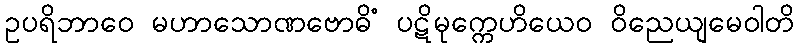
ဥပရိဘာဝေ မဟာသောဏဗောဓိံ ပဋိမုက္ကေဟိယေဝ ဝိညေယျမေဝါတိ